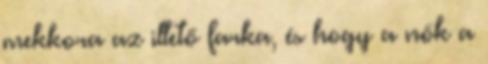
mekkora az illető farka, és hogy a nők a